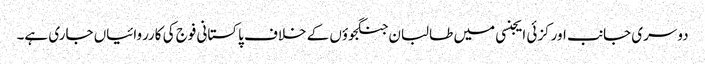
دوسری جانب اورکزئی ایجنسی میں طالبان جنگجوؤں کے خلاف پاکستانی فوج کی کارروائیاں جاری ہے۔